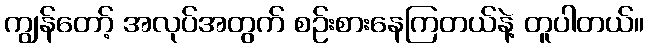
ကျွန်တော့် အလုပ်အတွက် စဉ်းစားနေကြတယ်နဲ့ တူပါတယ်။